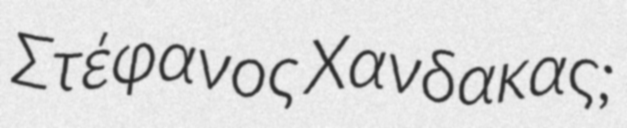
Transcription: Στέφανος Χανδακας;